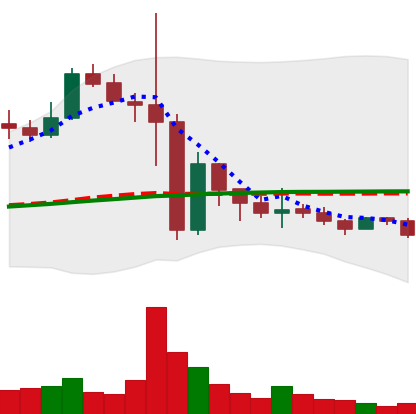
Ticker: BNB-USD
Chart end date: 2022-11-20
Forward return: 13.754%
Label: up_7plus